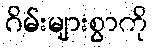
ဂိမ်းများစွာကို